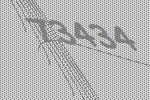
73434